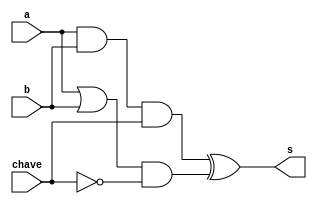
// -------------------------
// Exemplo0032 - F4
// Nome: Rafael Guimares de Sousa
// -------------------------
// -------------------------
// f4_gate
// -------------------------
module f4 (output s,input a,input b, input chave);

wire temp1, temp2, temp3, temp4;

or OR1 (temp1, a, b);
and AND1 (temp2, a, b);

not NOT1 (notchave, chave);

and AND2 (temp3, temp2, chave);
and AND3 (temp4, temp1, notchave);

xor XOR1 (s, temp3, temp4);

endmodule // f4

module test_f4;
// ------------------------- definir dados
reg x;
reg y;
reg chave;
wire z;

f4 modulo (z, x, y, chave);
// ------------------------- parte principal
initial begin

$display("Exemplo0032 - Rafael Guimares de Sousa - 451607");
$display("Test LU's module");

x = 'b0; y = 'b1; chave=0;

$monitor("%b",z);

end
endmodule // test_f4